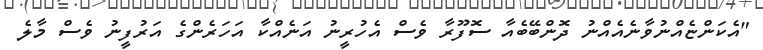
"އެކަންޏެއްނުވާނެއެއްނު ދޮންބޭބެއާ ސޮފޫރާ ވެސް އެހުރީނު އަނެއްކާ އަހަރެންގެ އަރުފީނު ވެސް މާލެ